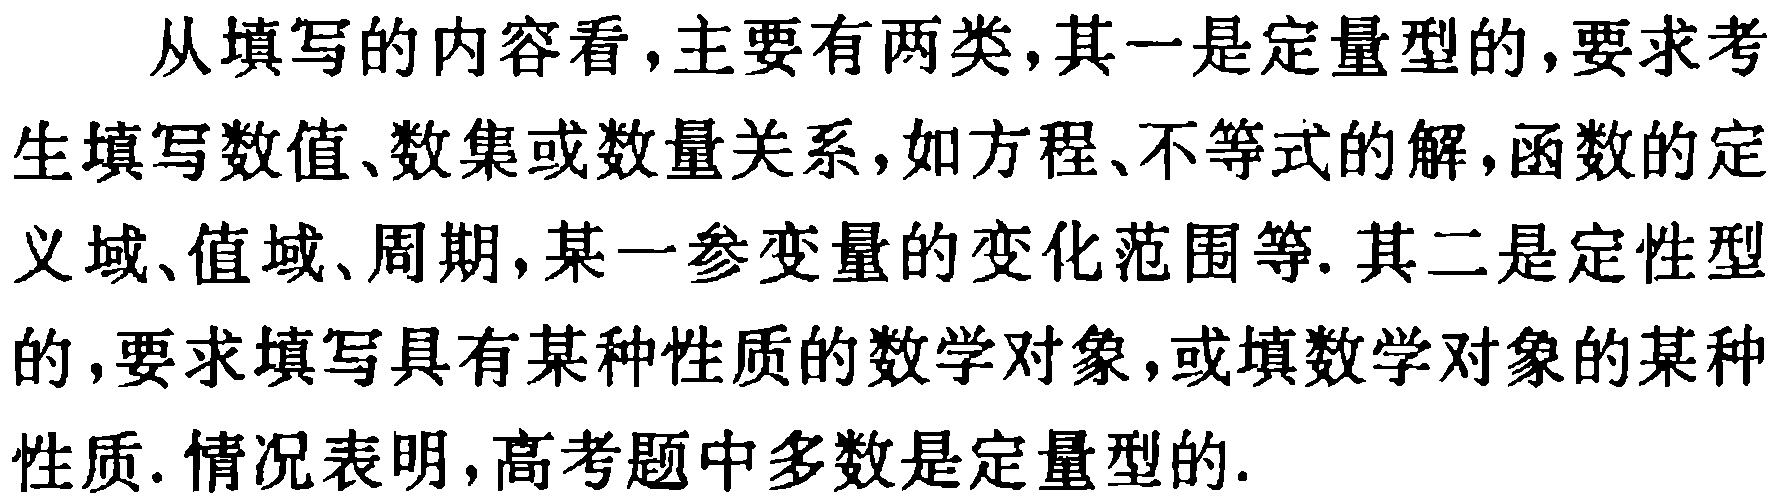
从填写的内容看，主要有两类，其一是定量型的，要求考生填写数值、数集或数量关系，如方程、不等式的解，函数的定义域、值域、周期，某一参变量的变化范围等. 其二是定性型的，要求填写具有某种性质的数学对象，或填数学对象的某种性质. 情况表明，高考题中多数是定量型的.